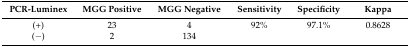
| PCR-Luminex | MGG Positive | MGG Negative | Sensitivity | Specificity | Kappa |
 | --- | --- | --- | --- | --- | --- |
 | (+) | 23 | 4 | 92% | 97.1% | 0.8628 |
 | (−) | 2 | 134 |  |  |  |